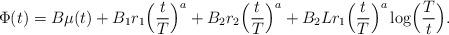
LaTeX: \begin{align*} \Phi(t) = B\mu(t)+ B_1r_1 \Bigl(\frac{t}{T} \Bigr)^a +B_2r_2 \Bigl(\frac{t}{T} \Bigr)^a + B_2Lr_1 \Bigl(\frac{t}{T} \Bigr)^a \log\Bigl(\frac{T}{t} \Bigr).\end{align*}